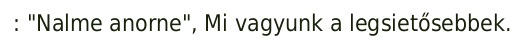
: "Nalme anorne", Mi vagyunk a legsietősebbek.